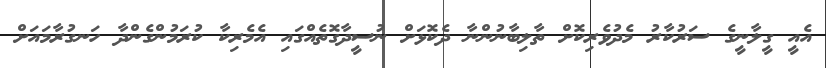
އެއީ ގީލާނީގެ ސަރުކާރު މެދުވެރިކޮށް ތާލިބާނުންނާ ދެކޮޅަށް ނުސީދާގޮތެއްގައި އެމެރިކާ ކުރަމުންގެންދާ ހަނގުރާމައަށް